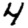
Digit: 4